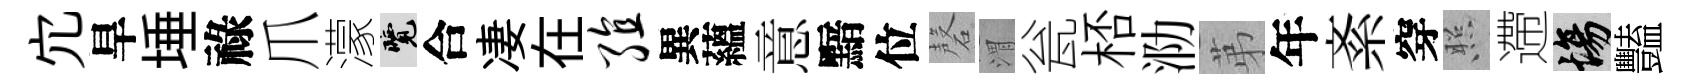
宂旱埵祿爪濛覽合凄在殖異蘊意黯位磬渭瓮桮泐苐年紊穿照遰場豔